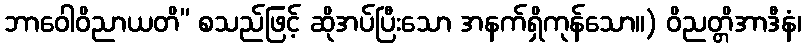
ဘာဝေါဝိညာယတိ” စသည်ဖြင့် ဆိုအပ်ပြီးသော အနက်ရှိကုန်သော။) ဝိညတ္တိအာဒီနံ၊